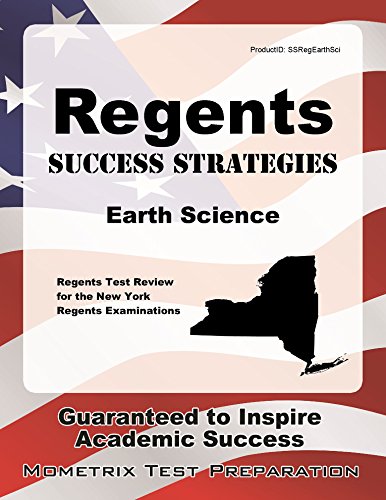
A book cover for Regents Success Strategies Earth Science Study Guide: Regents Test Review for the New York Regents Examinations; Regents Exam Secrets Test Prep Team; Test Preparation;